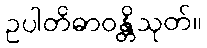
ဥပါတိဓာဝန္တိသုတ်။